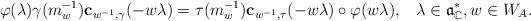
LaTeX: \begin{align*} \varphi(\lambda) \gamma(m_w^{-1}) \mathbf{c}_{w^{-1},\gamma}(- w\lambda)=\tau(m_w^{-1})\mathbf{c}_{w^{-1},\tau}(-w\lambda) \circ \varphi(w\lambda),\;\;\; \lambda \in \mathfrak{a}^*_\mathbb{C}, w \in W_A.\end{align*}